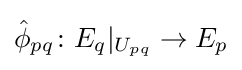
{\hat {\phi }}_{pq}\colon E_{q}|_{U_{pq}}\to E_{p}